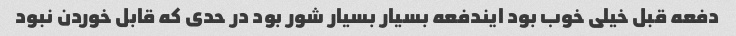
دفعه قبل خیلی خوب بود ایندفعه بسیار بسیار شور بود در حدی که قابل خوردن نبود